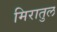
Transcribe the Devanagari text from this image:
मिरातुल